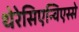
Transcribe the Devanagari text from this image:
थेरेसिएन्विएस्से